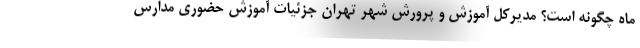
ماه چگونه است؟ مدیرکل آموزش و پرورش شهر تهران جزئیات آموزش حضوری مدارس